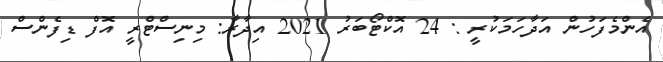
އެންމެފަހުން އަދާހަމަކުރީ : 24 އޮކްޓޯބަރު 2021 އިދާރާ: މިނިސްޓްރީ އޮފް ޑިފެންސް